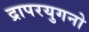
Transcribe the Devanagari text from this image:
द्रापरयुगनो